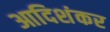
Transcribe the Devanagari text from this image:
आदिशंकर